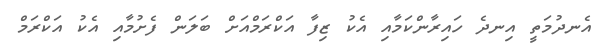
އެނދުމަތީ އިނދެ ހައިރާންކަމާއި އެކު ޒިފާ އަކްރަމްއަށް ބަލަން ފެށުމާއި އެކު އަކްރަމް